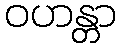
ဝဟန္တာ